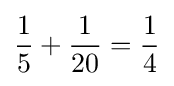
{\frac {1}{5}}+{\frac {1}{20}}={\frac {1}{4}}